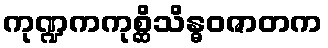
ကုဏ္ဍကကုစ္ဆိသိန္ဓဝဇာတက